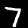
Digit: 7